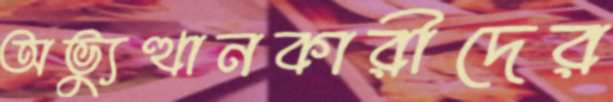
অভ্যুত্থানকারীদের